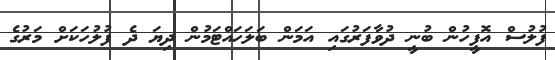
ފުލުސް އޮފީހުން ބުނީ ދުވާފަރުގައި އަމަން ބަލަހައްޓަމުން ދިޔަ ދެ ފުލުހަކަށް މަރުގެ